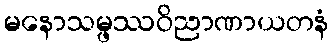
မနောသမ္ဖဿဝိညာဏာယတနံ